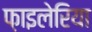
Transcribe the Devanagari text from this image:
फ़ाइलेरिया